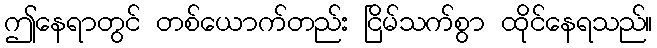
ဤနေရာတွင် တစ်ယောက်တည်း ငြိမ်သက်စွာ ထိုင်နေရသည်။